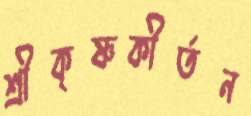
শ্রীকৃষ্ণকীর্তন